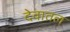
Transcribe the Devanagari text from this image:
देवातल